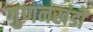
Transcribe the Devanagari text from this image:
गुणनखंडों